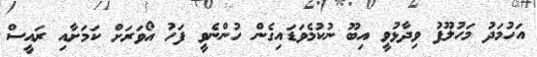
އަހުމަދު މަހުލޫފު ވިދާޅުވީ އިބޫ ނުކުމެވަޑައިގެން ހުންނެވީ ފަހު އޯވަރަށް ކަމަށާއި ރައީސް